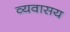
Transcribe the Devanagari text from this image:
व्यवासय